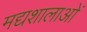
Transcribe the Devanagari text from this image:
मद्यशालाओं